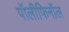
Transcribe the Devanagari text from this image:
पॉलीफिनॉल